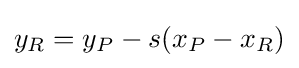
y_{R}=y_{P}-s(x_{P}-x_{R})